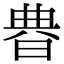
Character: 𣇺